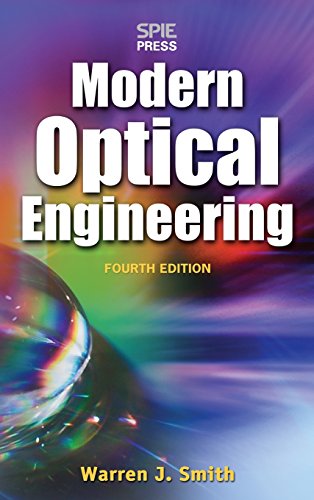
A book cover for Modern Optical Engineering, 4th Ed.; Warren Smith; Science & Math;